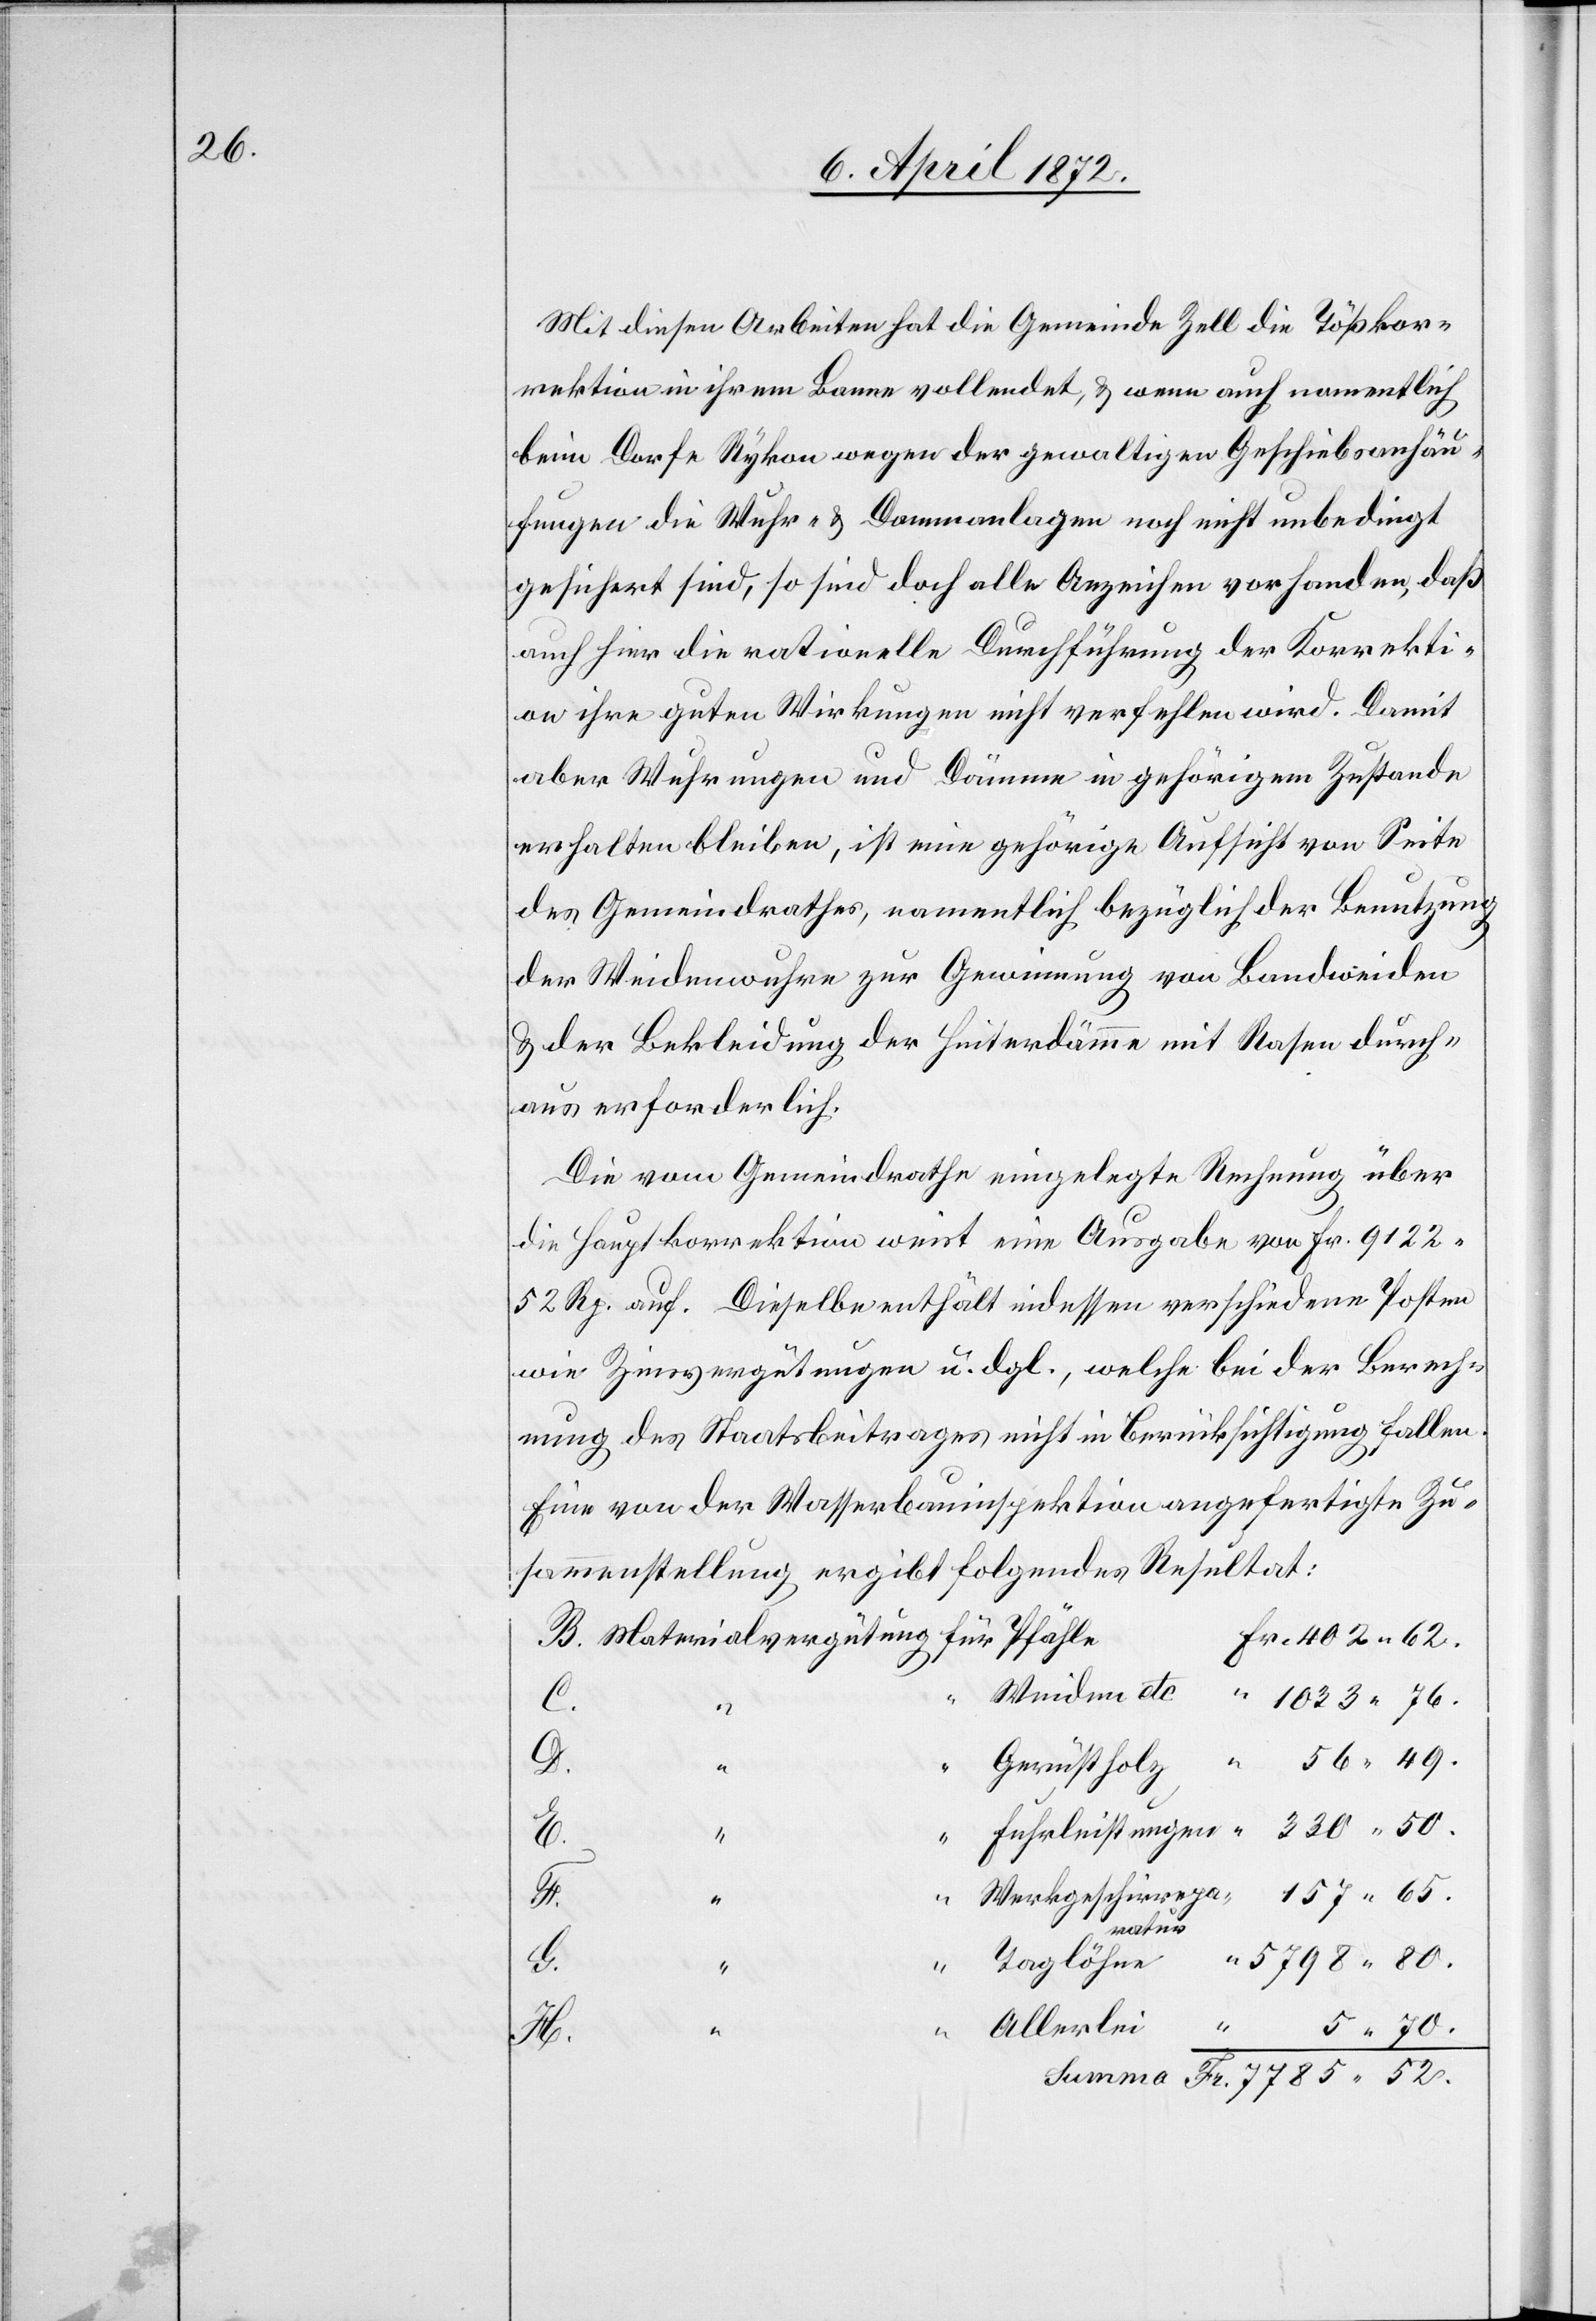
Mit diesen Arbeiten hat die Gemeinde Zell die Tößkor¬
rektion in ihrem Banne vollendet, u. wenn auch namentlich
beim Dorfe Rykon wegen der gewaltigen Geschiebsanhäu¬
fungen die Wuhr- u. Dammanlagen noch nicht unbedingt
gesichert sind, so sind doch alle Anzeichen vorhanden, daß
auch hier die rationelle Durchführung der Korrekti¬
on ihre guten Wirkungen nicht verfehlen wird. Damit
aber Wuhrungen und Dämme in gehörigem Zustande
erhalten bleiben, ist eine gehörige Aufsicht von Seite
des Gemeindrathes, namentlich bezüglich der Benutzung
der Weidenwuhre zur Gewinnung von Bandweiden
u. der Bekleidung der Hinterdämme mit Rasen durch¬
aus erforderlich.
Die vom Gemeindrathe eingelegte Rechnung über
die Hauptkorrektion weist eine Ausgabe von Fr. 9122,52
Rp. auf. Dieselbe enthält indessen verschiedene Posten
wie Zinsvergütungen u. dgl., welche bei der Berech¬
nung des Staatsbeitrages nicht in Berücksichtigung fallen.
Eine von der Wasserbauinspektion angefertigte Zu¬
sammenstellung ergibt folgendes Resultat:
E.
Gerüstholz
H.
“
“
Taglöhne
Fr.